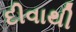
દીવાથી